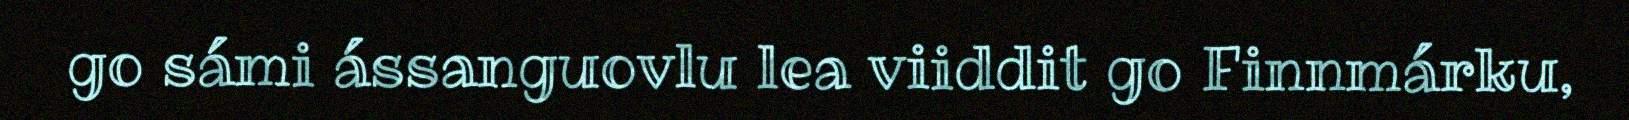
go sámi ássanguovlu lea viiddit go Finnmárku,